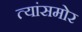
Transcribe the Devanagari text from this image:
त्यांसमोर